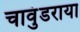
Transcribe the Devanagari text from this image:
चावुंडराया